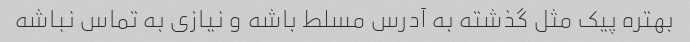
بهتره پیک مثل گذشته به آدرس مسلط باشه و نیازی به تماس نباشه